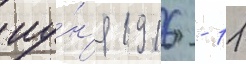
иу́н'я 1916 - 11